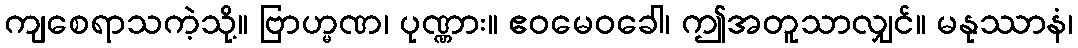
ကျစေရာသကဲ့သို့။ ဗြာဟ္မဏ၊ ပုဏ္ဏား။ ဧဝမေဝခေါ၊ ဤအတူသာလျှင်။ မနုဿာနံ၊